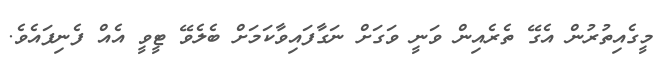
މީގެއިތުރުން އެގޭ ތެރެއިން ވަނީ ވަގަށް ނަގާފައިވާކަމަށް ބެލެވޭ ޓީވީ އެއް ފެނިފައެވެ.